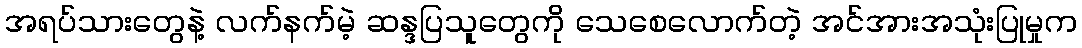
အရပ်သားတွေနဲ့ လက်နက်မဲ့ ဆန္ဒပြသူတွေကို သေစေလောက်တဲ့ အင်အားအသုံးပြုမှုက